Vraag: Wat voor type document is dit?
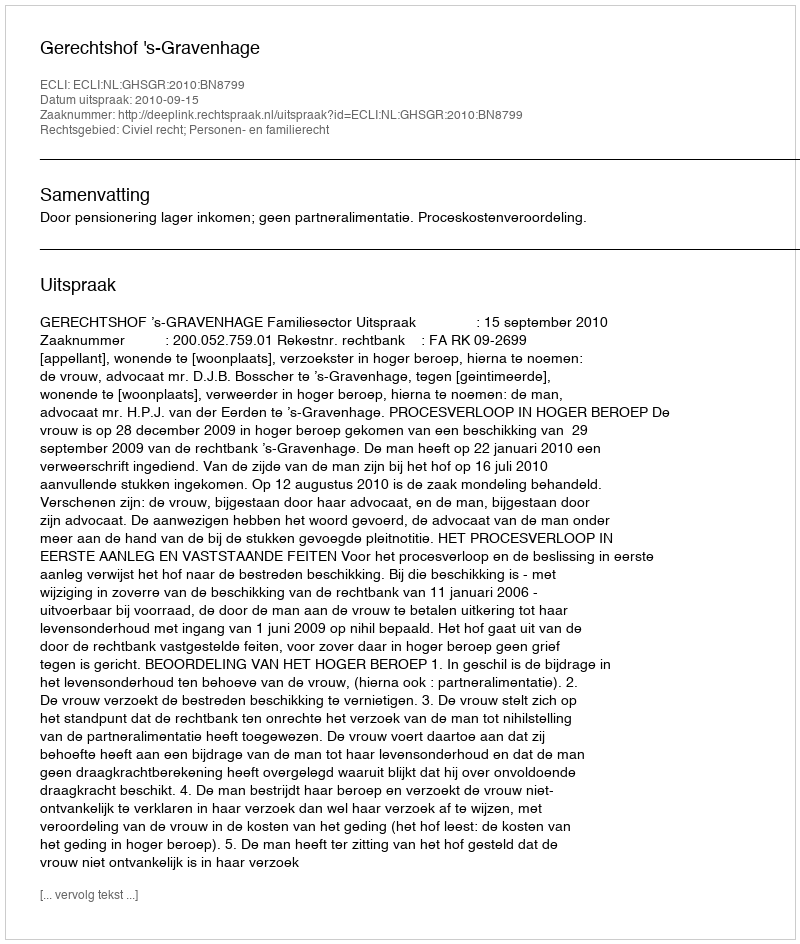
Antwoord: Uitspraak